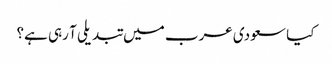
کیا سعودی عرب میں تبدیلی آ رہی ہے؟